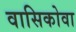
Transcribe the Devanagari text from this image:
वासिकोवा